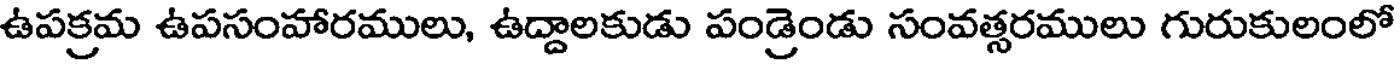
ఉపక్రమ ఉపసంహారములు, ఉద్దాలకుడు పండ్రెండు సంవత్సరములు గురుకులంలో